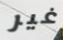
غير